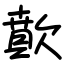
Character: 歕